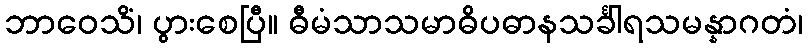
ဘာဝေသိံ၊ ပွားစေပြီ။ ဓီမံသာသမာဓိပဓာနသင်္ခါရသမန္နာဂတံ၊